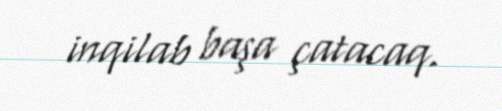
inqilab başa çatacaq.